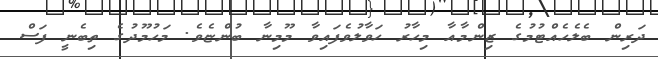
ދަރިން ބެލެހެއްޓުމުގެ ޒިންމާއާ މިހާރު ހަވާލުވެފައިވާ މޫމިނާ ބުންޏެވެ. މަހުމޫދުގެ ތިބެނީ ފަސް